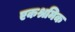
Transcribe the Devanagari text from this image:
एकश्रमिक